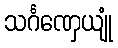
သင်္ဂဏှေယျုံ